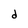
Character: d